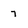
Character: 7